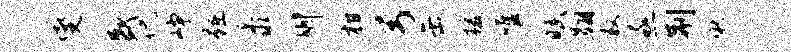
燮盛侃峥踵黍州柑弓缶援唯赋翱救亟荆啾